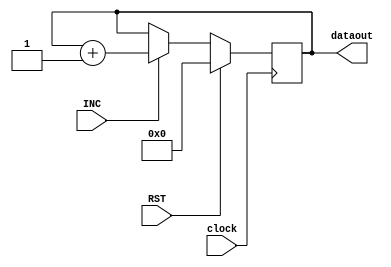
module reg_5 (//SI,SJ,SK
input clock,
input INC,
input RST,
output reg [7:0] dataout
);

always @(negedge clock) 
begin
if (INC==1)
    dataout<= dataout + 8'd1;
if (RST==1)
    dataout<= 8'd0;   
end
    
endmodule